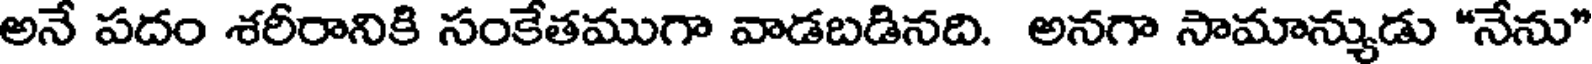
అనే పదం శరీరానికి సంకేతముగా వాడబడినది. అనగా సామాన్యుడు "నేను"